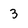
Character: 3